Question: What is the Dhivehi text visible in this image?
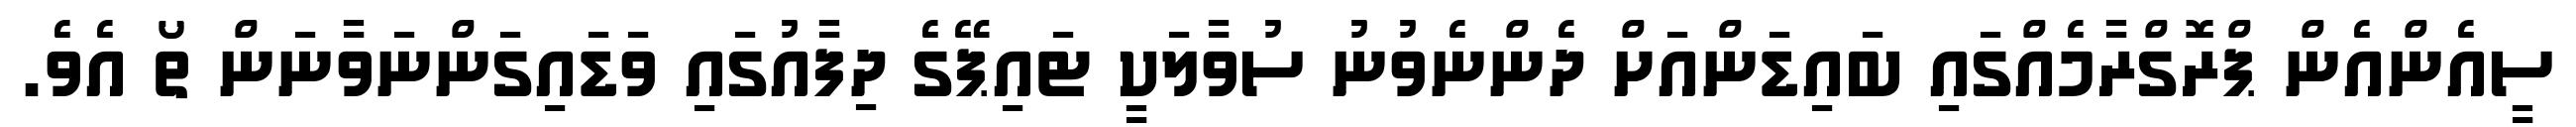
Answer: ސީއެންއެން ޕްރޮގްރާމެއްގައި ބައިޑަންއަށް ދެންނެވުނު ސުވާލަކީ ޓައިޕޭގެ ދިފާއުގައި ވަޑައިގަންނަވާނަން ތޯ އެވެ.